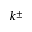
k ^ { \pm }